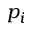
p _ { i }